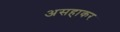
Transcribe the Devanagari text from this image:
असहाकर